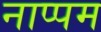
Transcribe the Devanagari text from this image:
नाप्पम